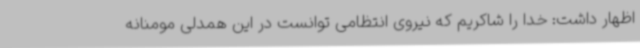
اظهار داشت: خدا را شاکریم که نیروی انتظامی توانست در این همدلی مومنانه